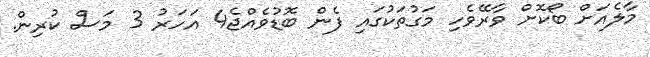
މާލެއަށް ބޯކޮށް ވާރޭވެހި މަގުތަކުގައި ފެން ބޮޑުވެއްޖެ4 އަހަރު 3 މަސް ކުރިން.